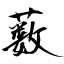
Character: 薮